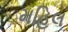
મહિલ